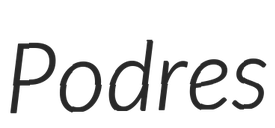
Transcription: Podres